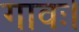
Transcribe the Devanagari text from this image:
गावः।